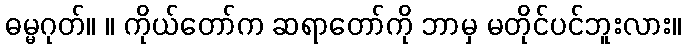
ဓမ္မဂုတ်။ ။ ကိုယ်တော်က ဆရာတော်ကို ဘာမှ မတိုင်ပင်ဘူးလား။